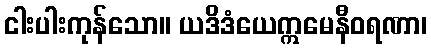
ငါးပါးကုန်သော။ ယဒိဒံယေဣမေနီဝရဏာ၊